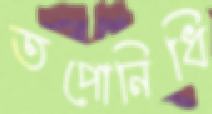
তপোনিধি